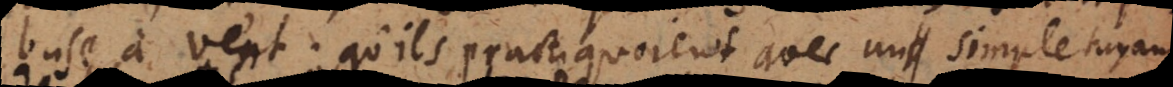
buse à vent, qu’ils practiquoient avec un simple tuyau